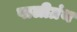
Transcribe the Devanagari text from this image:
पालीग्रंथ